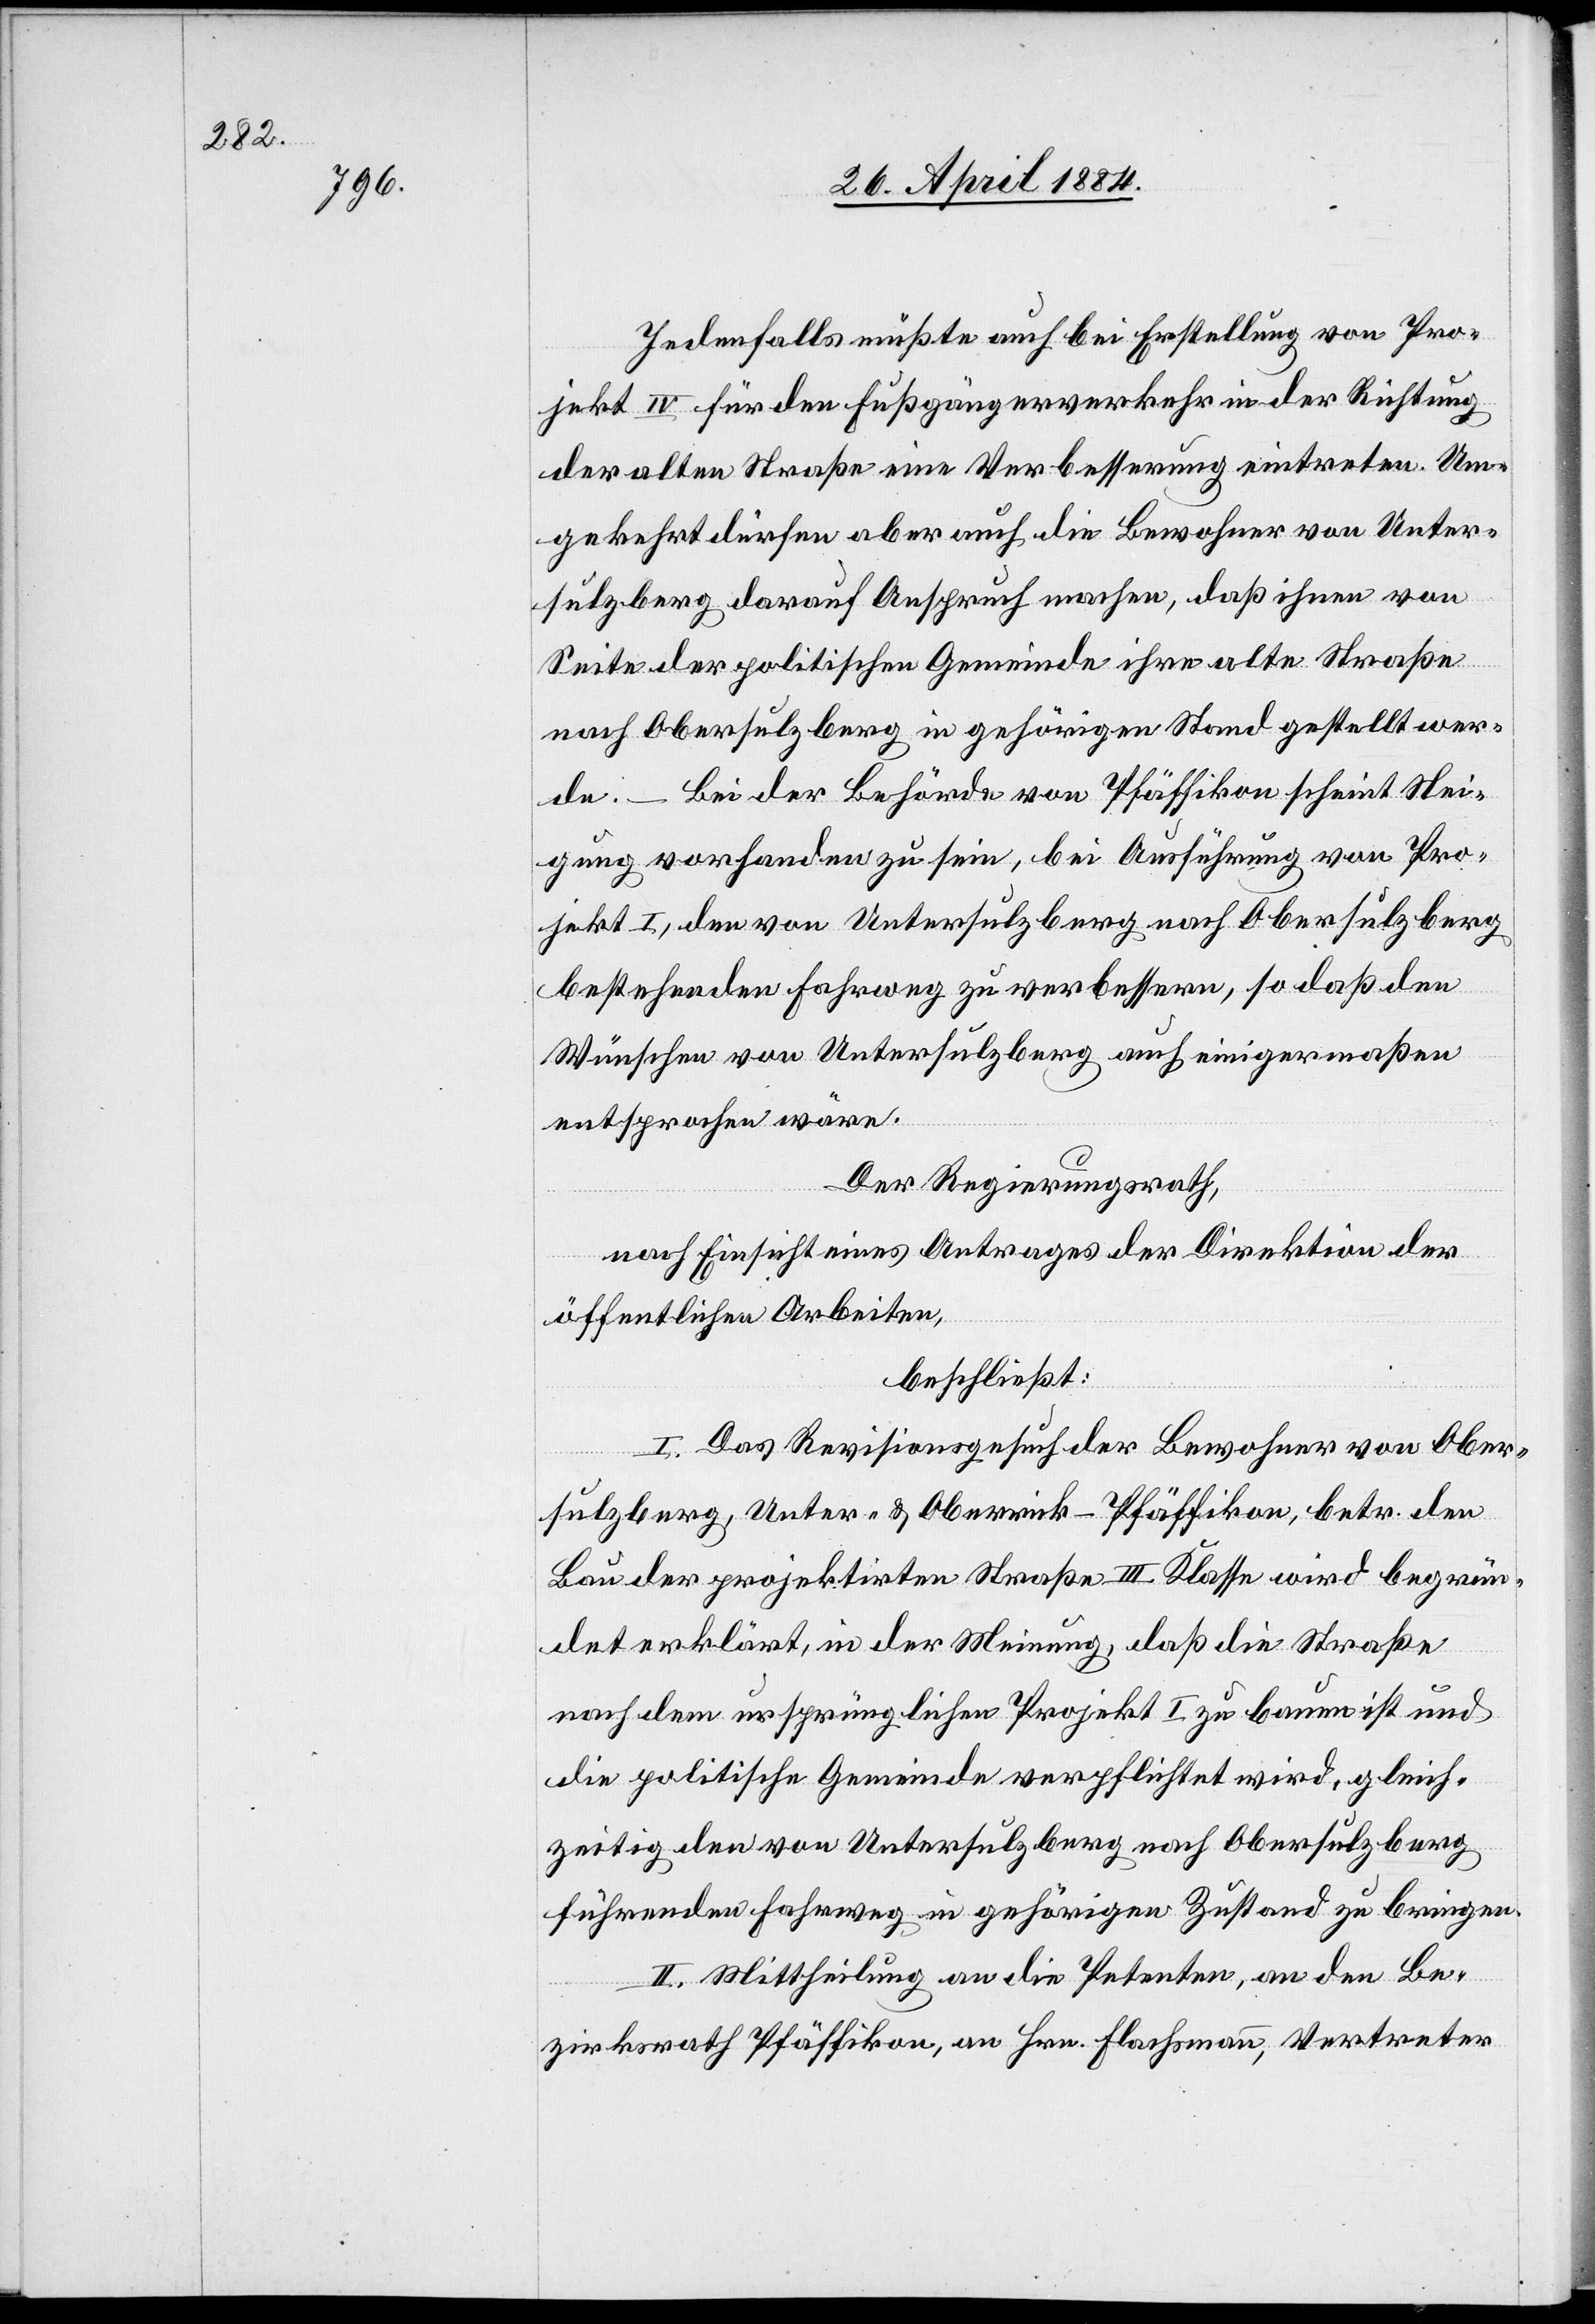
Jedenfalls müßte auch bei Erstellung von Pro¬
jekt IV für den Fußgängerverkehr in der Richtung
der alten Straße eine Verbesserung eintreten. Um¬
gekehrt dürfen aber auch die Bewohner von Unter¬
sulzberg darauf Anspruch machen, daß ihnen von
Seite der politischen Gemeinde ihre alte Straße
nach Obersulzberg in gehörigen Stand gestellt wer¬
de. – Bei der Behörde von Pfäffikon scheint Nei¬
gung vorhanden zu sein, bei Ausführung von Pro¬
jekt I, den von Untersulzberg nach Obersulzberg
bestehenden Fahrweg zu verbessern, so daß den
Wünschen von Untersulzberg auch einigermaßen
entsprochen wäre.
Der Regierungsrath,
nach Einsicht eines Antrages der Direktion der
öffentlichen Arbeiten,
beschließt:
I. Das Revisionsgesuch der Bewohner von Ober¬
sulzberg, Unter- & Oberrick - Pfäffikon, betr. den
Bau der projektirten Straße III. Klasse wird begrün¬
det erklärt, in der Meinung, daß die Straße
nach dem ursprünglichen Projekt I zu bauen ist und
die politische Gemeinde verpflichtet wird, gleich¬
zeitig den von Untersulzberg nach Obersulzberg
führenden Fahrweg in gehörigen Zustand zu bringen.
II. Mittheilung an die Petenten, an den Be¬
zirksrath Pfäffikon, an Hrn. Flachsmann, Vertreter